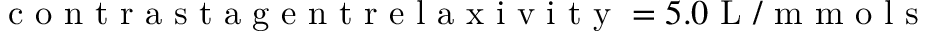
\mathrm { ~ c ~ o ~ n ~ t ~ r ~ a ~ s ~ t ~ a ~ g ~ e ~ n ~ t ~ r ~ e ~ l ~ a ~ x ~ i ~ v ~ i ~ t ~ y ~ } = 5 . 0 \mathrm { ~ L ~ / ~ m ~ m ~ o ~ l ~ s ~ }